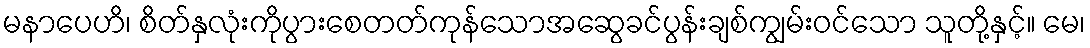
မနာပေဟိ၊ စိတ်နှလုံးကိုပွားစေတတ်ကုန်သောအဆွေခင်ပွန်းချစ်ကျွမ်းဝင်သော သူတို့နှင့်။ မေ၊